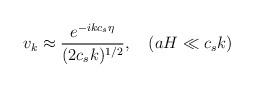
LaTeX: \begin{align*}v_{k}\approx {\frac{e^{-ikc_{s}\eta }}{(2c_{s}k)^{1/2}}},\quad (aH\ll c_{s}k)\end{align*}